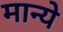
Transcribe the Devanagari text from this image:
मान्ये